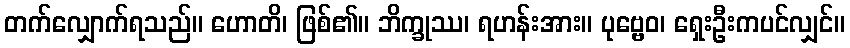
တက်လျှောက်ရသည်။ ဟောတိ၊ ဖြစ်၏။ ဘိက္ခုဿ၊ ရဟန်းအား။ ပုဗ္ဗေဝ၊ ရှေးဦးကပင်လျှင်။